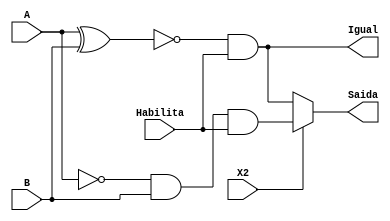
module comparadorMenorIgual(B, A, Habilita, X2, Igual, Saida);
	input B, A, Habilita, X2;
	output Igual, Saida;

	assign Igual = (~(A ^ B)) & Habilita;	
	reg Saida;
	
	always @(*)
		if(X2 == 1'b0)
			Saida = (~(A ^ B)) & Habilita;			
		else
			Saida = (~A & B) & Habilita; //Menor
				
endmodule